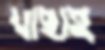
যাছাই